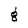
Character: g